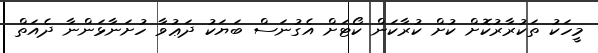
މީހަކު ތަކުރާރުކޮށް ކުށް ކުރާކަން ކޯޓަށް އެގުނަސް ބަޔަކު ދަޢުވާ ހުށަނާޅަންނާ ދެއަތް